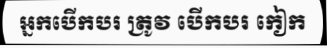
អ្នកបើកបរ ត្រូវ បើកបរ កៀក